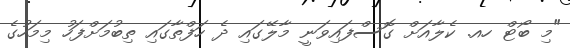
"މި ބޯޓް ހއ. ކެލާއަށް ގޮސްފައިވަނީ މާލޭގައި ދެ ހަފްތާގައި ތިބުމަށްފަހު މިމަހުގެ